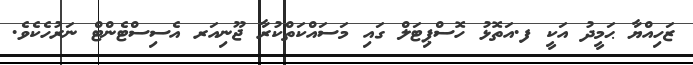
ޒަހިއްޔާ ޙަމީދު އަކީ ފ.އަތޮޅު ހޮސްޕިޓަލް ގައި މަސައްކަތްކުރާ ޖޫނިއަރ އެސިސްޓެންޓް ނަރުހެކެވެ.